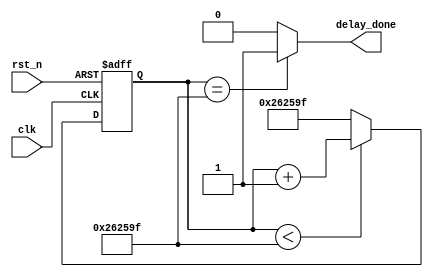
/////////////////////////////////////////////////////////////////////////
// Module Name: system_init_delay
// Project Name: SGMatch
// Target Devices: 
// Tool Versions: 
// Description:
// Revision: 1.01
// Additional Comments:
//////////////////////////////////////////////////////////////////////////

`timescale 1 ns / 1 ns
module system_init_delay
#(
	parameter	SYS_DELAY_TOP = 24'd2500000	//50ms system init delay
)
(
	//global clock
	input	clk,		//50MHz
	input	rst_n,
	//system interface
	output	delay_done
);

//------------------------------------------
//Delay 50ms for steady state when power on
reg	[23:0] delay_cnt = 24'd0;
wire [23:0] delay_cnt_w = delay_cnt+1'b1;
always@(posedge clk or negedge rst_n)
begin
	if(!rst_n)
		delay_cnt <= 0;
	else if(delay_cnt < SYS_DELAY_TOP - 1'b1)
		delay_cnt <= delay_cnt_w;
	else
		delay_cnt <= SYS_DELAY_TOP - 1'b1;
end
assign	delay_done = (delay_cnt == SYS_DELAY_TOP - 1'b1)? 1'b1 : 1'b0;

endmodule